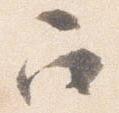
召